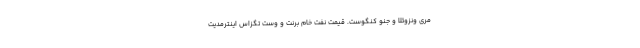
مری ونزوئلا و جنو کنگوست. قیمت نفت خام برنت و وست تگزاس اینترمدیت